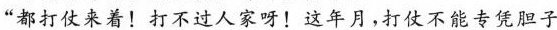
都打仗来着！打不过人家呀！这年月，打仗不能专凭胆子